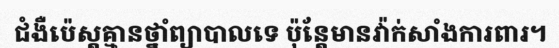
ជំងឺប៉េស្តគ្មានថ្នាំព្យាបាលទេ ប៉ុន្តែមានវ៉ាក់សាំងការពារ។